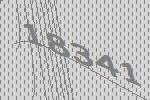
18341